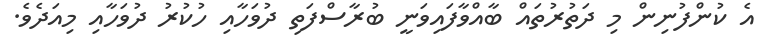
އެ ކުންފުނިން މި ދަތުރުތައް ބާއްވާފައިވަނީ ބުރާސްފަތި ދުވަހާއި ހުކުރު ދުވަހާއި މިއަދެވެ.